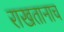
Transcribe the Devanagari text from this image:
राखतानाच